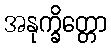
အနုက္ခိတ္တော